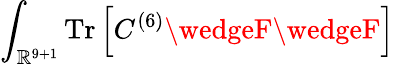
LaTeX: \int_{\mathbb{R}^{9+1}}\mathrm{{Tr}}\left[C^{(6)}\wedgeF\wedgeF\right]